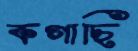
কগাছি